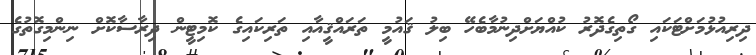
ދިރިއުޅުމަށްޓަކައި ގޯތިގެދޮރު ކުއްޔަށްދިނުމާބެހޭ ބިލު ޤައުމީ ތަރައްޤީއާއި ތަރިކައިގެ ކޮމިޓީން ދިރާސާކޮށް ނިންމިގޮތުގެ